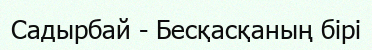
Садырбай - Бесқасқаның бірі